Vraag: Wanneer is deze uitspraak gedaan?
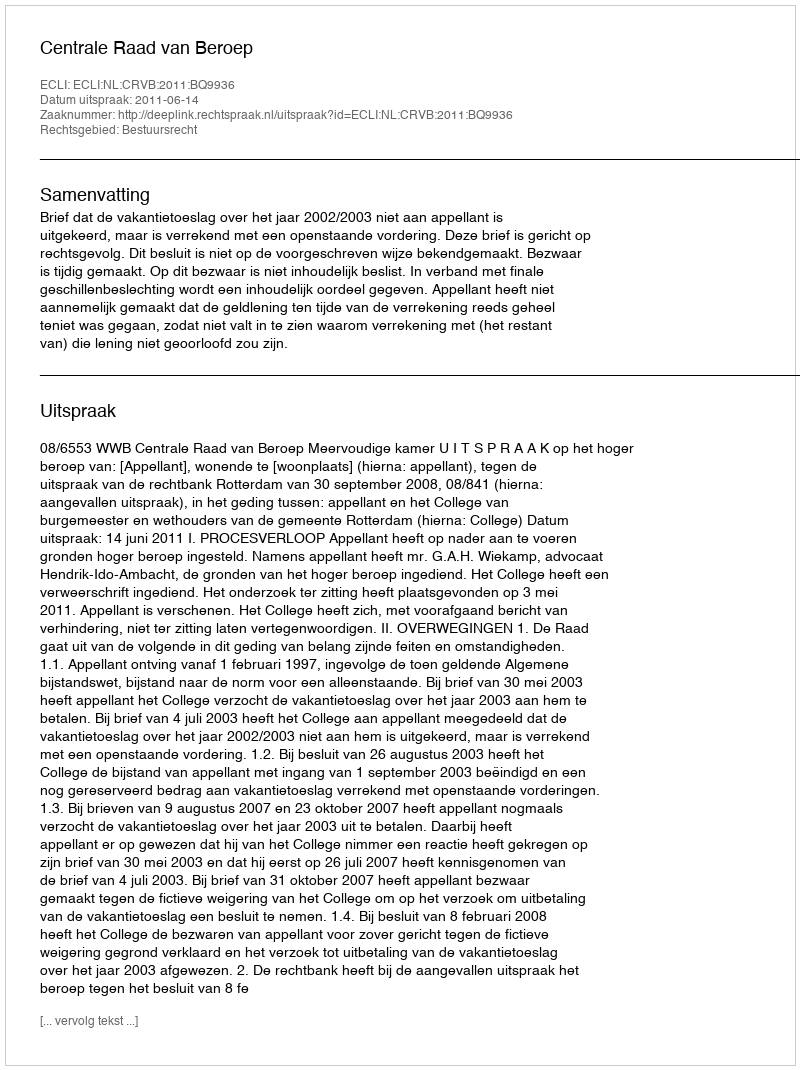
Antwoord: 2011-06-14